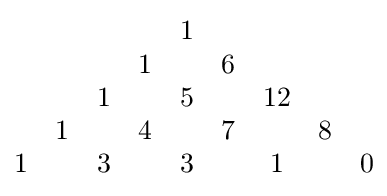
{\begin{matrix}&&&&1&&&\\&&&1&&6&&\\&&1&&5&&12&\\&1&&4&&7&&8\\1&&3&&3&&1&&0\end{matrix}}